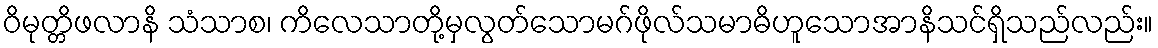
ဝိမုတ္တိဖလာနိ သံသာစ၊ ကိလေသာတို့မှလွတ်သောမဂ်ဖိုလ်သမာဓိဟူသောအာနိသင်ရှိသည်လည်း။